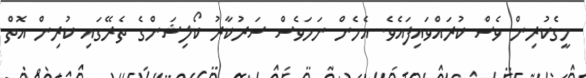
މީގެކުރިން ވެސް ކުރައްވައިފައެވެ. އެހެން ނަމަވެސް ސަރުކާރު ކޯލިޝަންގެ ތެރޭގައި ކުރިން އޮތް